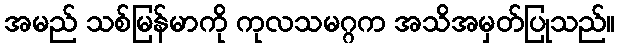
အမည် သစ်မြန်မာကို ကုလသမဂ္ဂက အသိအမှတ်ပြုသည်။